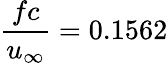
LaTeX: \frac{fc}{u_{\infty}}=0.1562